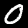
Label: 0